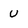
Character: u